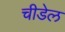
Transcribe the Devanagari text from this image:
चीडेल